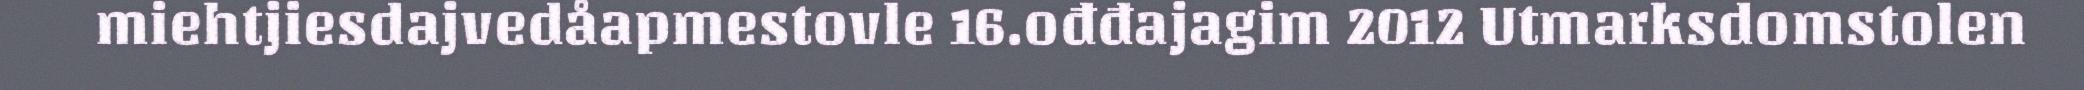
miehtjiesdajvedåapmestovle 16.ođđajagim 2012 Utmarksdomstolen